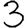
Digit: 3